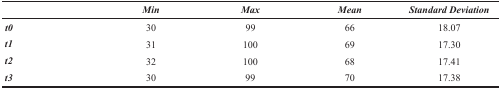
|  | Min | Max | Mean | Standard Deviation |
 | --- | --- | --- | --- | --- |
 | t0 | 30 | 99 | 66 | 18.07 |
 | t1 | 31 | 100 | 69 | 17.30 |
 | t2 | 32 | 100 | 68 | 17.41 |
 | t3 | 30 | 99 | 70 | 17.38 |